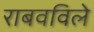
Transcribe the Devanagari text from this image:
राबवविले